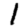
Digit: 1